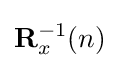
\mathbf {R} _{x}^{-1}(n)